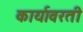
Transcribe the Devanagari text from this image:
कार्यावरती